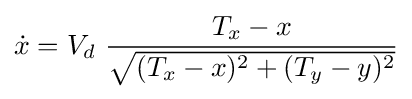
{\dot {x}}=V_{d}\ {\frac {T_{x}-x}{\sqrt {(T_{x}-x)^{2}+(T_{y}-y)^{2}}}}